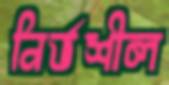
নির্ভশীল